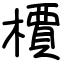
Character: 檟